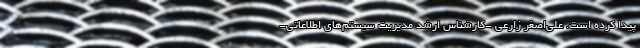
پیدا کرده است. علی‌اصغر زارعی -کارشناس ارشد مدیریت سیستم‌های اطلاعاتی-